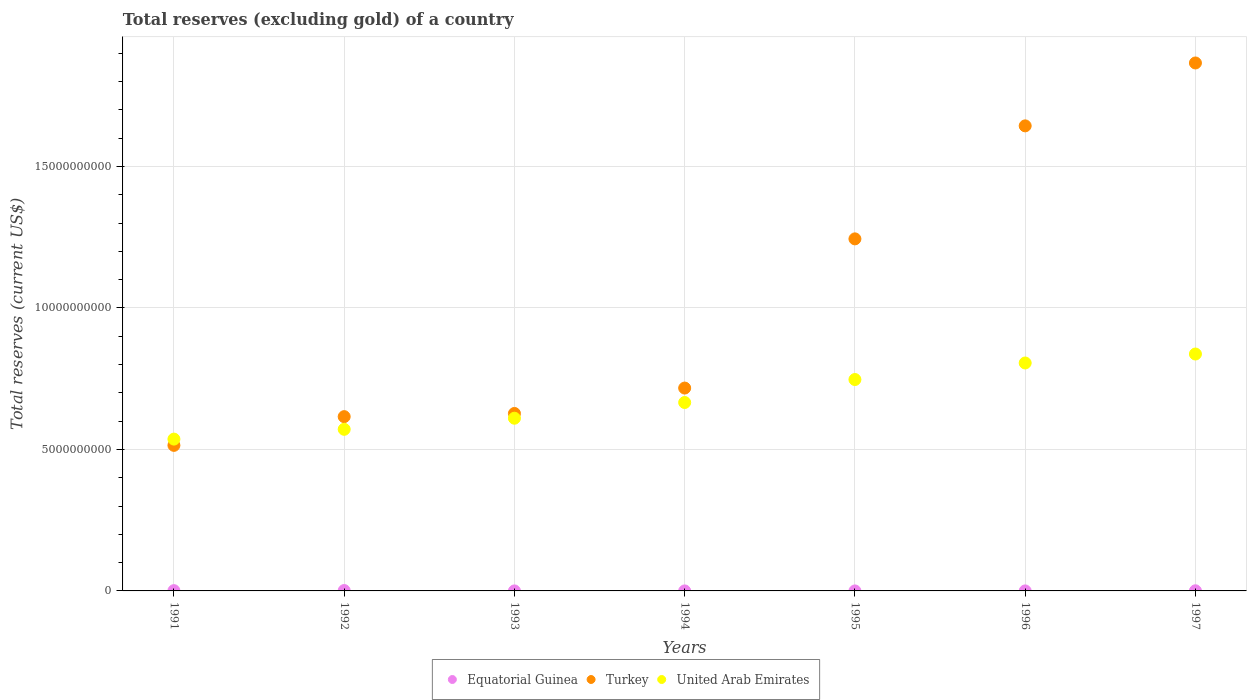
| Years | Equatorial Guinea | Turkey | United Arab Emirates |
 | --- | --- | --- | --- |
 | 1991 | 9.47e+06 | 5.14e+09 | 5.37e+09 |
 | 1992 | 1.34e+07 | 6.16e+09 | 5.71e+09 |
 | 1993 | 4.81e+05 | 6.27e+09 | 6.1e+09 |
 | 1994 | 3.9e+05 | 7.17e+09 | 6.66e+09 |
 | 1995 | 4.08e+04 | 1.24e+10 | 7.47e+09 |
 | 1996 | 5.16e+05 | 1.64e+10 | 8.06e+09 |
 | 1997 | 4.93e+06 | 1.87e+10 | 8.37e+09 |